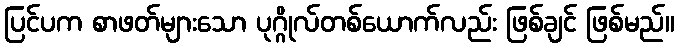
ပြင်ပက စာဖတ်များသော ပုဂ္ဂိုလ်တစ်ယောက်လည်း ဖြစ်ချင် ဖြစ်မည်။